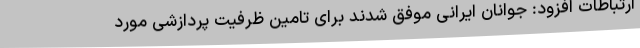
ارتباطات افزود: جوانان ایرانی موفق شدند برای تامین ظرفیت پردازشی مورد